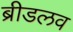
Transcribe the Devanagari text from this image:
ब्रीडलव